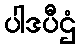
ပါဒပီဌံ